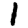
Digit: 1